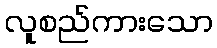
လူစည်ကားသော